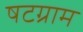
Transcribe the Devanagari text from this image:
षटग्राम